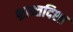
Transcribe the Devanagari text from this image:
भ्रान्तदिशा